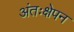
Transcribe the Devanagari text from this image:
अंतःक्षेपन